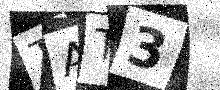
Text: TAT3